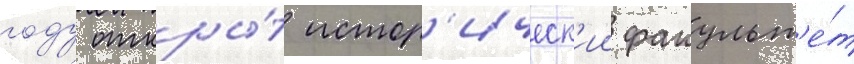
году откры́т истор'ическ'ии факульт'е́т